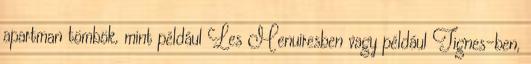
apartman tömbök, mint például Les Menuiresben vagy például Tignes-ben,